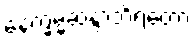
နေက္ခမ္မဆန္ဒာဘိရတော